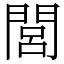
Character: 閭